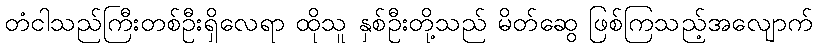
တံငါသည်ကြီးတစ်ဦးရှိလေရာ ထိုသူ နှစ်ဦးတို့သည် မိတ်ဆွေ ဖြစ်ကြသည့်အလျောက်